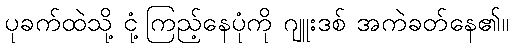
ပုခက်ထဲသို့ ငုံ့ကြည့်နေပုံကို ဂျူးဒစ် အကဲခတ်နေ၏။